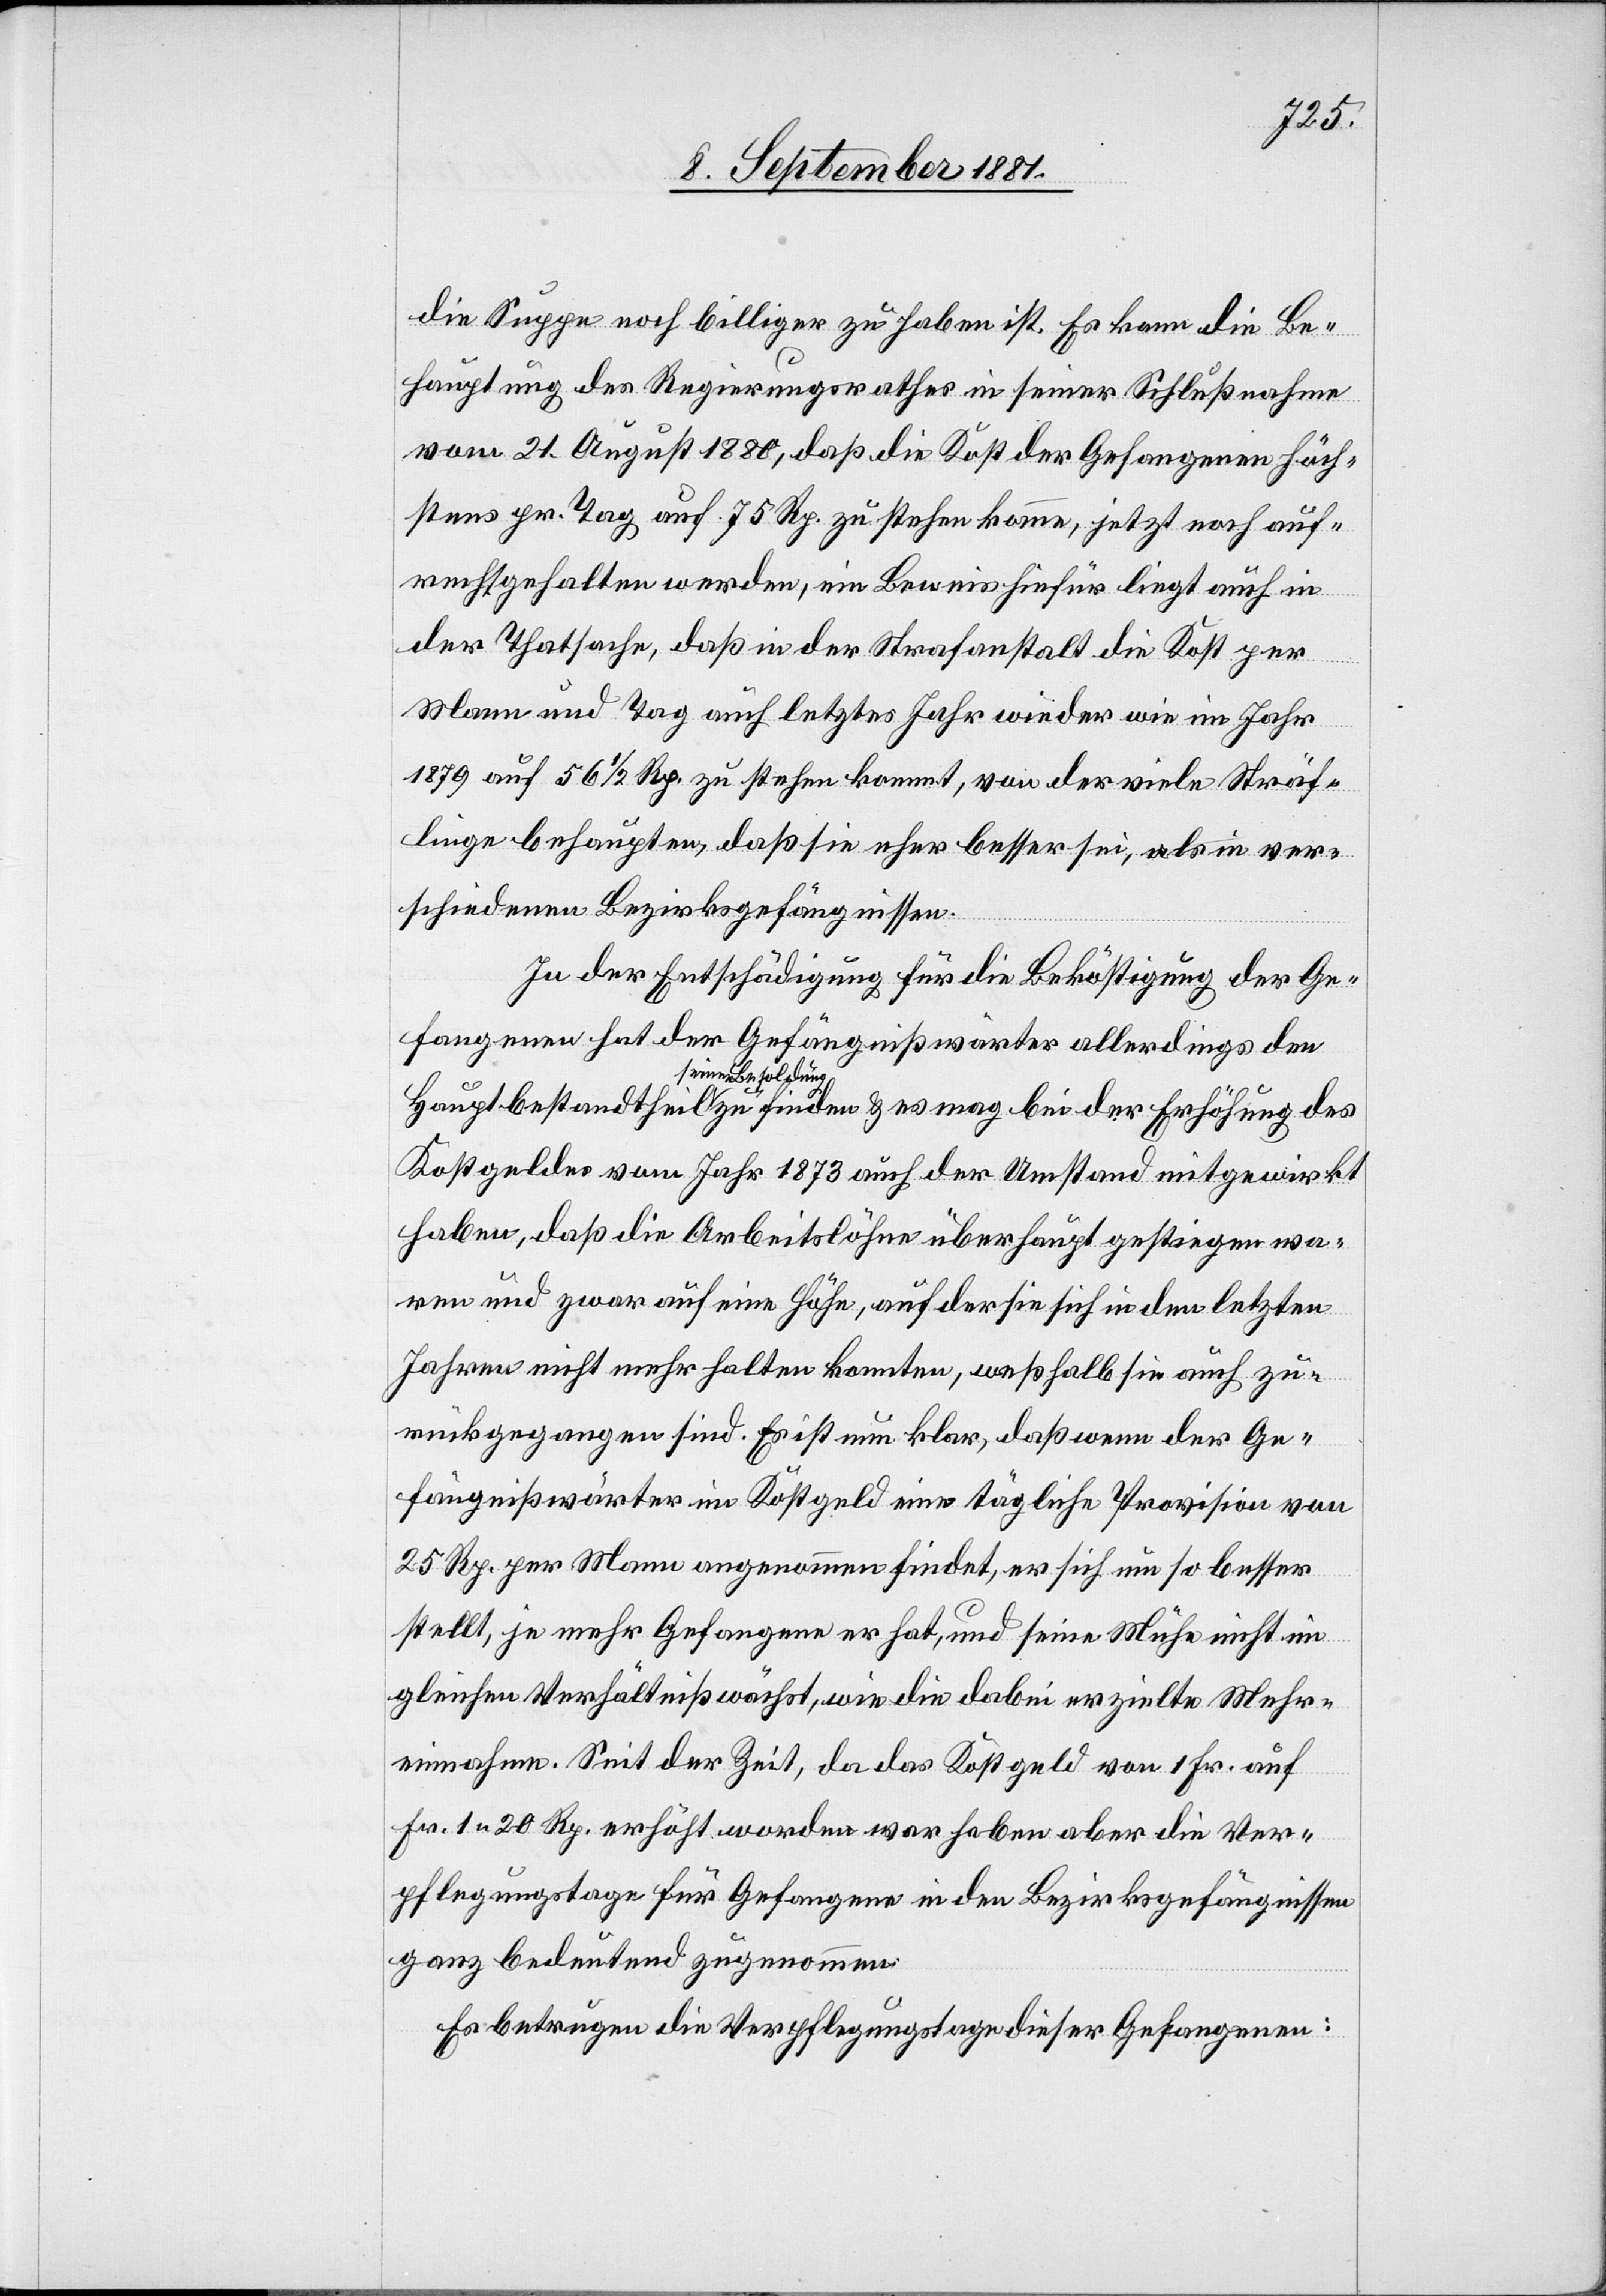
die Suppe noch billiger zu haben ist. Es kann die Be¬
hauptung des Regierungsrathes in seiner Schlußnahme
von 21. August 1880, daß die Kost der Gefangenen höch¬
stens pr. Tag auf 75 Rp. zu stehen komme, jetzt noch auf¬
rechtgehalten werden, ein Beweis hiefür liegt auch in
der Thatsache, daß in der Strafanstalt die Kost per
Mann und Tag auch letztes Jahr wieder wie im Jahr
1897 auf 56 1/2 Rp. zu stehen kommt, von der viele Sträf¬
linge behaupten, daß sie eher besser sei, als in ver¬
schiedenen Bezirksgefängnissen.
In der Entschädigung für die Bekräftigung der Ge¬
fangenen hat der Gefängnißwärter allerdings den
seiner Besoldung
Kostgeldes vom Jahr 1873 auch der Umstand mitgewirkt
haben, daß die Arbeitslöhne überhaupt gestiegen wa¬
ren und zwar auf eine Höhe, auf der sie sich in den letzten
Jahren nicht mehr halten konnten, weßhalb sie auch zu¬
rückgegangen sind. Es ist nun klar, daß wenn der Ge¬
fängnißwärter im Kostgeld eine tägliche Provision von
25 Rp. per Mann angenommen findet, es sich um so besser
stellt, je mehr Gefangene er hat, und seine Mühe nicht im
gleichen Verhältniß wärt, wie die dabei erzielte Mehr¬
einnahme. Seit der Zeit, da das Kostgeld von 1 Fr. auf
Fr. 1 20 Rp. erhöht worden war haben aber die Ver¬
pflegungstage für Gefangene in den Bezirksgefängnissen
ganz bedeutend zugenommen.
Es betrugen die Verpflegungstage dieser Gefangenen: